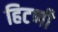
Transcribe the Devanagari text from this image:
हिटणी